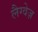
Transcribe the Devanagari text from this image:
लैग्वेज़